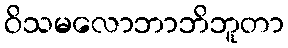
ဝိသမလောဘာဘိဘူတာ